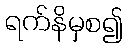
ရက်နိမှစ၍